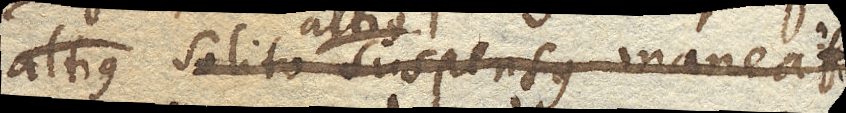
solito altius suspensus maneat